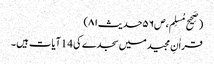
(صَحِیح مُسلِم،ص۵۶حدیث۸۱)
قراٰنِ مجید میں سجدے کی 14آیات ہیں ۔